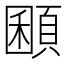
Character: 𩓽